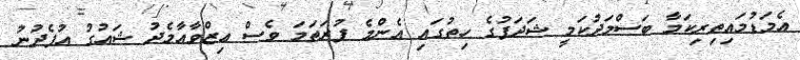
އެމަޑުމައިތިރިކަމާ ބަސްމަދުކަމީ ޝަދަފުގެ ހިތުގައި އެންމެ ފުރަތަމަ ވެސް ޢިޒްވާއާމެދު ޝައުގު އުފެދުނު